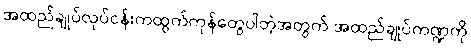
အထည်ချုပ်လုပ်ငန်းကထွက်ကုန်တွေပါတဲ့အတွက် အထည်ချုပ်ကဏ္ဍကို